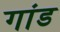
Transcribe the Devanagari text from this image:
गांड